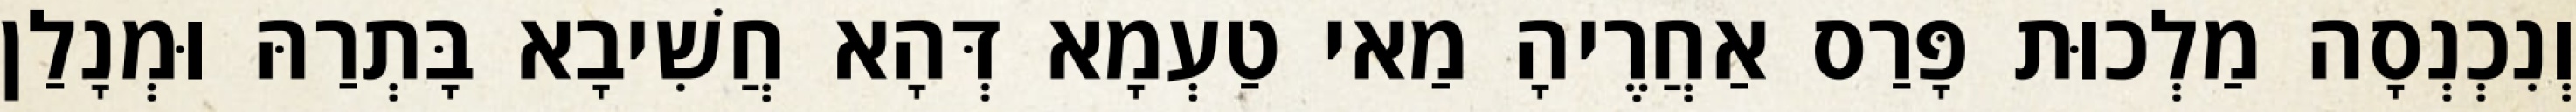
וְנִכְנְסָה מַלְכוּת פָּרַס אַחֲרֶיהָ מַאי טַעְמָא דְּהָא חֲשִׁיבָא בָּתְרַהּ וּמְנָלַן